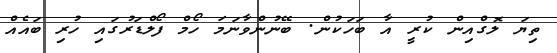
ތިޔަ ލޮގްއިން ކުރީ އާ ބަހަކުން. ބޭނުންވާނަމަ ހޯމް ފޯލްޑަރުގައި ހުރި ބައެއް